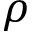
\rho